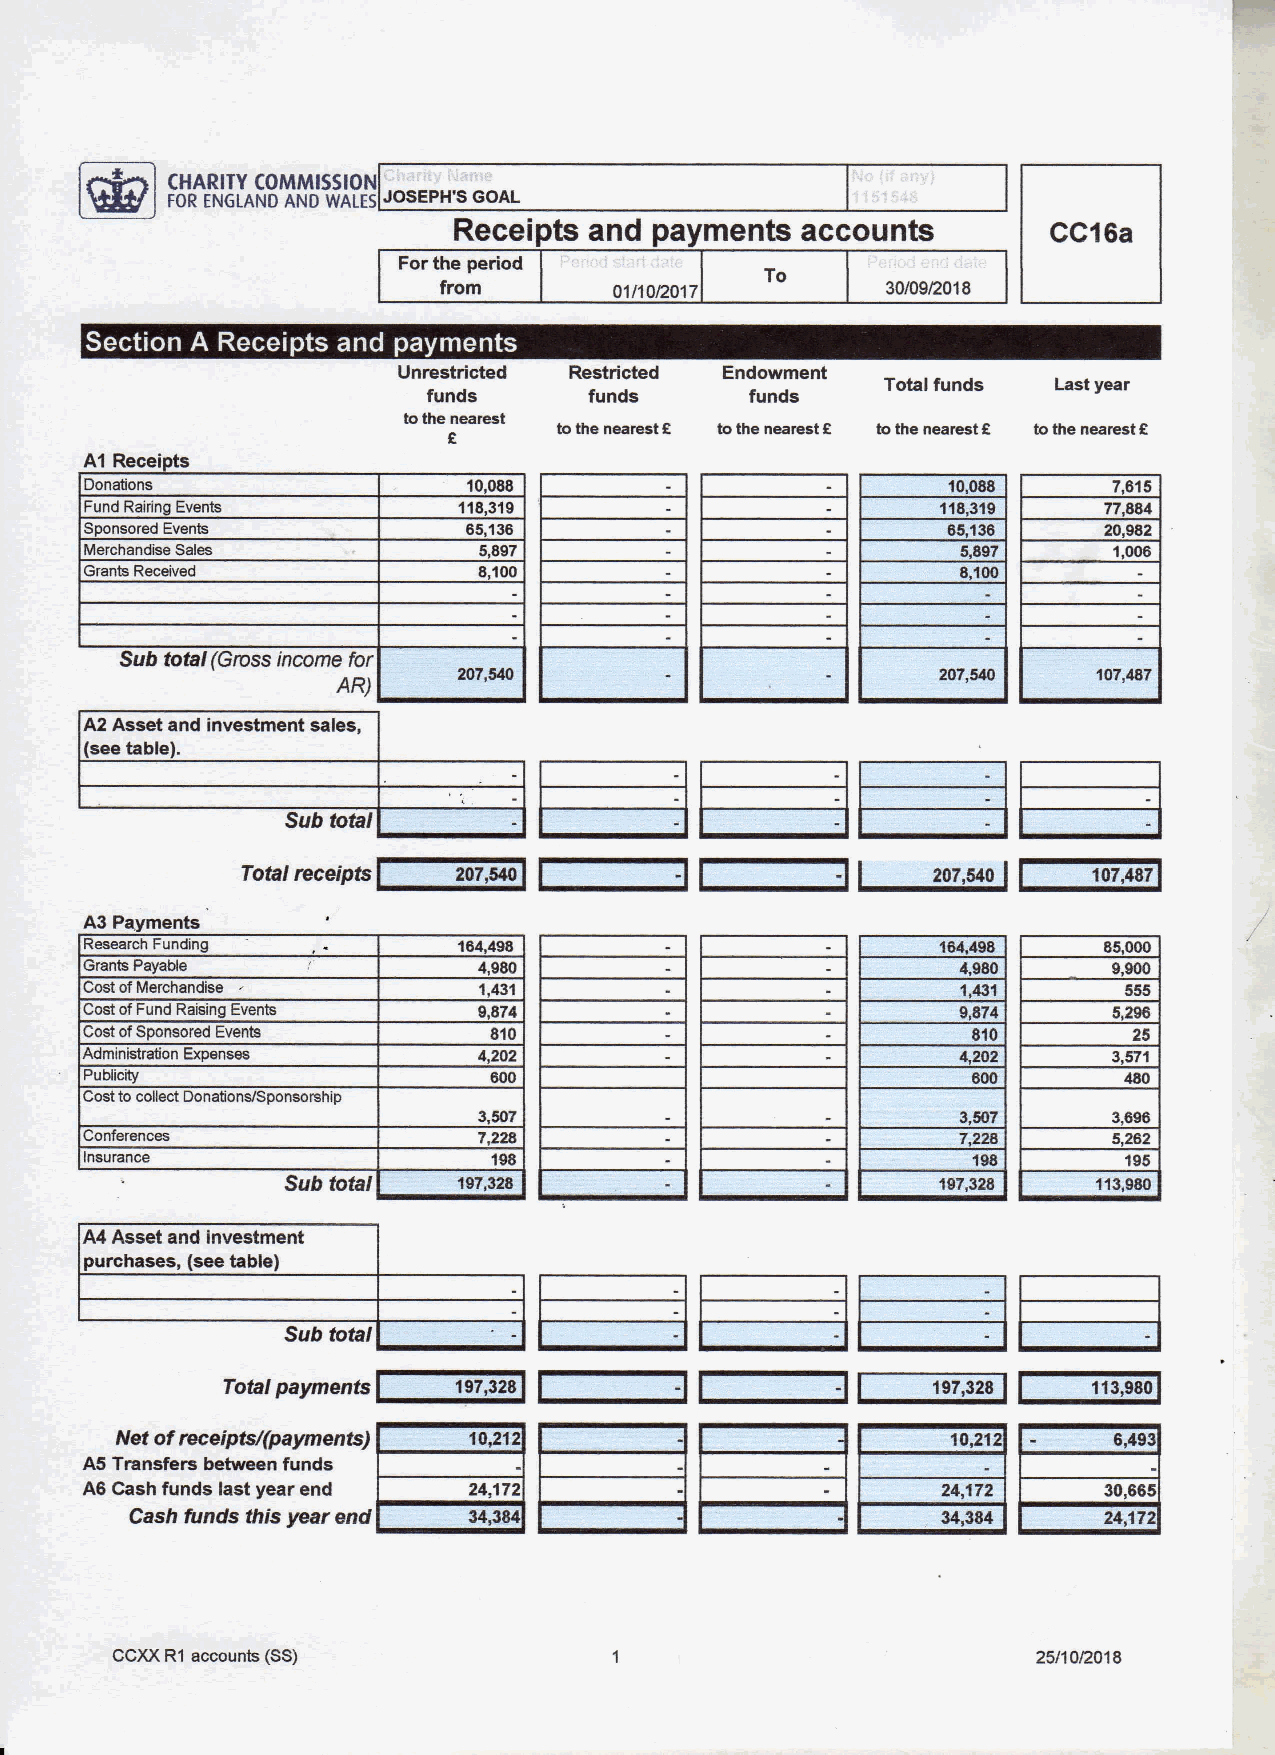
Q
 CHARITY COMMISSION '
 FPP ENQLAhiP ANP +At.E5JOSEPH'S GOAL
 Receipts and payments  accounts         CC~sa
 Forthe period
 To
 from        01/10/2017        30/00/2018
 0  ~  4  4 4 ~    ~ ~
 Unrestricted Restricted Endowment
 Total funds Last year
 funds      funds      funds
 tothe nearest                         f
 tothe nearest 6 tothe nearest 6 tothe nearest tothe nearest 8
 6
 A1 Recei
 Donations                10,088                          10,088     7,615
 Fund Rairing Events     118,319                         118,3'lg
 Sponsored Events         65,136                          6 136     20,962
 Merchandise Sales         5,897                           5,89T     1,006
 Grants Received           8,100                           8,100
 Sub total (G/oss income for
 207,540    107,487
 AR)
 A2 Asset and investment sales,
 (seetable).
 Sub total
 Total receipts 207,540                        207,540   107~7
 A3 Payments
 Research Funding
 Grants Payable             4,980                                     9,900
 CostofMerchandise         1,431                           1,431
 CostofFund Raising Events 9,874                           9,874     5,296
 CostofSponsored Evenis    810                             810        25
 Administration Expenses    4,202                                     3,5T1
 Publicity
 Costtocollect Donations/Sponsorship
 3,507                           3,507     3,696
 Conferences                                              7,226      5,262
 Insurance                                                           195
 Sub total  1sT,328                         197,328    113,980
 A4 Asset and investment
 purchases, (seetable)
 Sub total
 Total payments 107,328                         107,$28   11$,080
 Net ofrecefptsl(paymentsj 10+12                        10,21      6P0$
 A5 Transfers between funds
 A6 Cash funds last year end 24,172                       24,172     30,665
 Cash funds this year end                                        24,172
 CCXXR1 accounts (SS)                                          25/112016